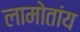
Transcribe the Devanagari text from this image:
लामोतांय